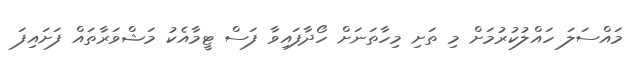
މައްސަލަ ހައްލުކުރުމަށް މި ތަށި މިހާތަނަށް ހޯދާފައިވާ ފަސް ޓީމާއެކު މަޝްވަރާތައް ފަށައިފަ